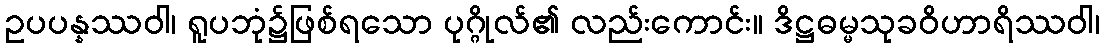
ဥပပန္နဿဝါ၊ ရူပဘုံ၌ဖြစ်ရသော ပုဂ္ဂိုလ်၏ လည်းကောင်း။ ဒိဋ္ဌဓမ္မသုခဝိဟာရိဿဝါ၊